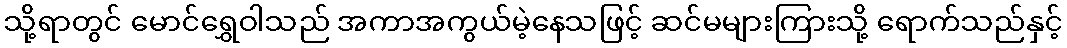
သို့ရာတွင် မောင်ရွှေဝါသည် အကာအကွယ်မဲ့နေသဖြင့် ဆင်မများကြားသို့ ရောက်သည်နှင့်